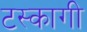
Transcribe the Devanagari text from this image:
टस्कागी